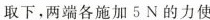
取下，两端各施加5N的力使